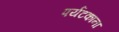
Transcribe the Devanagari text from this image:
पर्यटकाना